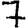
Digit: 7